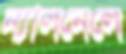
ন্যালনেলে